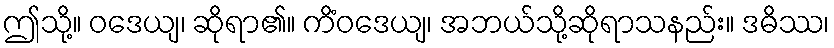
ဤသို့။ ဝဒေယျ၊ ဆိုရာ၏။ ကိံဝဒေယျ၊ အဘယ်သို့ဆိုရာသနည်း။ ဒဓိဿ၊